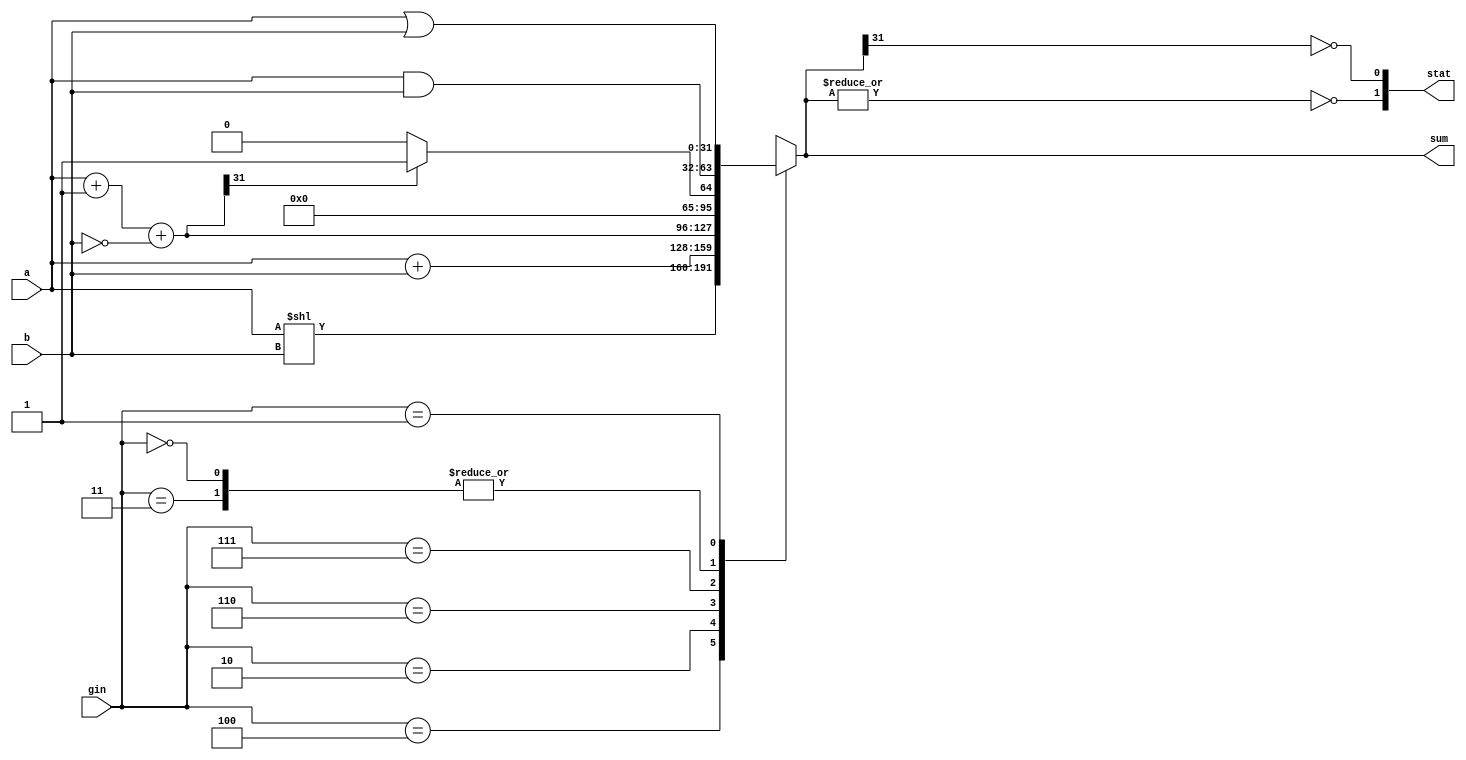
module alu32(sum,a,b,stat,gin);//ALU operation according to the ALU control line values 
output [31:0] sum;
input [31:0] a,b; 
input [2:0] gin;//ALU control line
reg [31:0] sum;
reg [31:0] less;
output[1:0] stat;  // ADDED: status output
reg [1:0] stat;
// output zout;
// reg zout;
// output nout;
// reg nout;
always @(a or b or gin)
begin
	case(gin) 
	3'b100:	sum=a<<b;		//ALU control line=100, SLLV
	3'b011: sum=a&b;		//ALU control line=011, ANDI
	3'b010: sum=a+b; 		//ALU control line=010, ADD
	3'b110: sum=a+1+(~b);	//ALU control line=110, SUB
	3'b111: begin less=a+1+(~b);	//ALU control line=111, set on less than
			if (less[31]) sum=1;	
			else sum=0;
		  end
	3'b000: sum=a & b;	//ALU control line=000, AND
	3'b001: sum=a|b;		//ALU control line=001, OR
	default: sum=31'bx;	
	endcase
stat[1]=~(|sum);
stat[0]=~(|sum[31]);
// zout=~(|sum);  
// nout=~(|sum[31]);// TODO: set status flags + create status register
end
endmodule